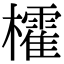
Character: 㰌